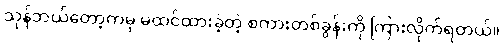
သုန်ဘယ်တော့ကမှ မထင်ထားခဲ့တဲ့ စကားတစ်ခွန်းကို ကြားလိုက်ရတယ်။